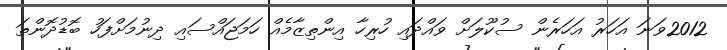
2012ވަނަ އަހަރު އަހަރެން ސުކޫލަށް ވައްދައި ހުރިހާ އިންތިޒާމެއް ހަމަޖައްސައި ދިނުމަށްފަހު ބޮޑުދޮންތަ